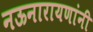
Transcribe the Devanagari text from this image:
नऊनारायणांनी